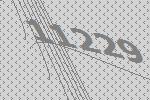
11229